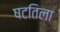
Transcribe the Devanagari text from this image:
षटतिला